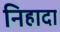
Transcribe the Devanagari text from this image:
निहादा